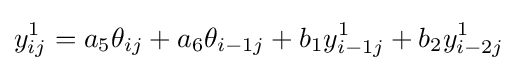
y_{ij}^{1}=a_{5}\theta _{ij}+a_{6}\theta _{i-1j}+b_{1}y_{i-1j}^{1}+b_{2}y_{i-2j}^{1}